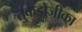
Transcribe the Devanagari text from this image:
तुकडोजीका